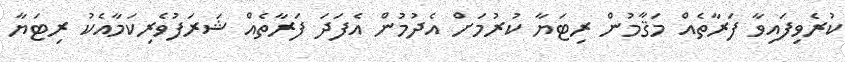
ކުރެވިފައިވާ ފަރާތެއް މަޤާމުން ރިޓަޔާ ކުރުމަށް އެދުމުން އެފަދަ ފަރާތެއް ޝަރަފުވެރިކަމާއެކު ރިޓަޔާ